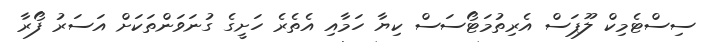
ސިސްޓެމިކް ލޫޕަސް އެރިތުމަޓޯސަސް ކިޔާ ހަމާއި އެތެރެ ހަށީގެ ގުނަވަންތަކަށް އަސަރު ފޯރާ